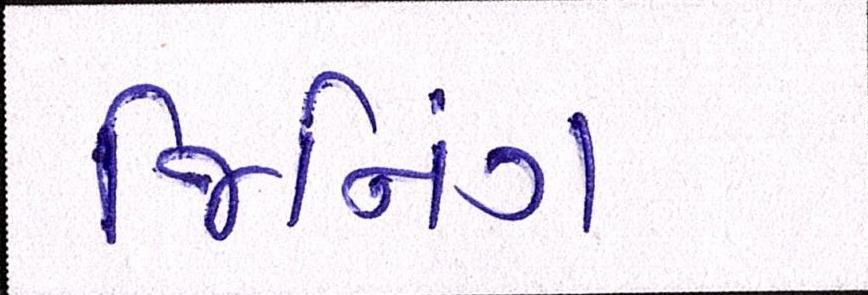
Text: જિનિંગ